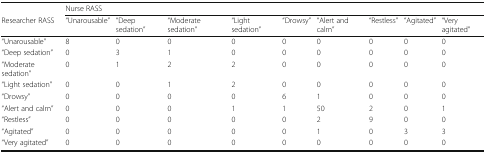
|  | <COLSPAN=9> Nurse RASS |
 | Researcher RASS | “Unarousable” | “Deep sedation” | “Moderate sedation” | “Light sedation” | “Drowsy” | “Alert and calm” | “Restless” | “Agitated” | “Very agitated” |
 | --- | --- | --- | --- | --- | --- | --- | --- | --- | --- |
 | “Unarousable” | 8 | 0 | 0 | 0 | 0 | 0 | 0 | 0 | 0 |
 | “Deep sedation” | 0 | 3 | 1 | 0 | 0 | 0 | 0 | 0 | 0 |
 | “Moderate sedation” | 0 | 1 | 2 | 2 | 0 | 0 | 0 | 0 | 0 |
 | “Light sedation” | 0 | 0 | 1 | 2 | 0 | 0 | 0 | 0 | 0 |
 | “Drowsy” | 0 | 0 | 0 | 0 | 6 | 1 | 0 | 0 | 0 |
 | “Alert and calm” | 0 | 0 | 0 | 1 | 1 | 50 | 2 | 0 | 1 |
 | “Restless” | 0 | 0 | 0 | 0 | 0 | 2 | 9 | 0 | 0 |
 | “Agitated” | 0 | 0 | 0 | 0 | 0 | 1 | 0 | 3 | 3 |
 | “Very agitated” | 0 | 0 | 0 | 0 | 0 | 0 | 0 | 0 | 0 |